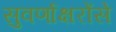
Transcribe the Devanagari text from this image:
सुवर्णाक्षरोंसे